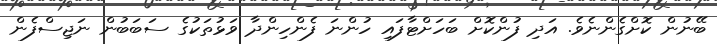
ބޭނުން ކޮށްގެންނެވެ. އަދި ފުންކޮށް ބަހަށްޓާފައި ހުންނަ ފެންހިންދާ ވަޅުތަކުގެ ސަބަބުން ނަޖިސްފެން